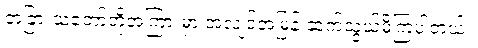
တခြားသဘော်တို့အကြားမှာ အလျင်အမြန် ဆက်သွယ်မိကြပါတယ်။